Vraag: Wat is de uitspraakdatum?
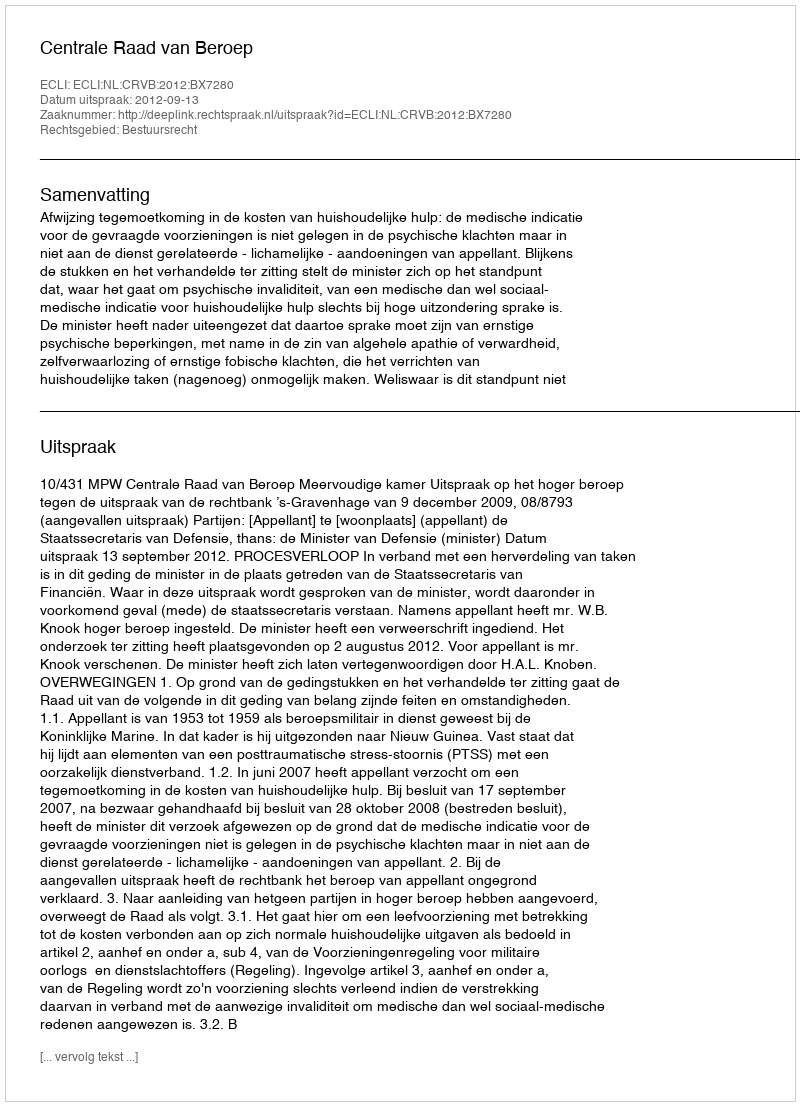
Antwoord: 2012-09-13